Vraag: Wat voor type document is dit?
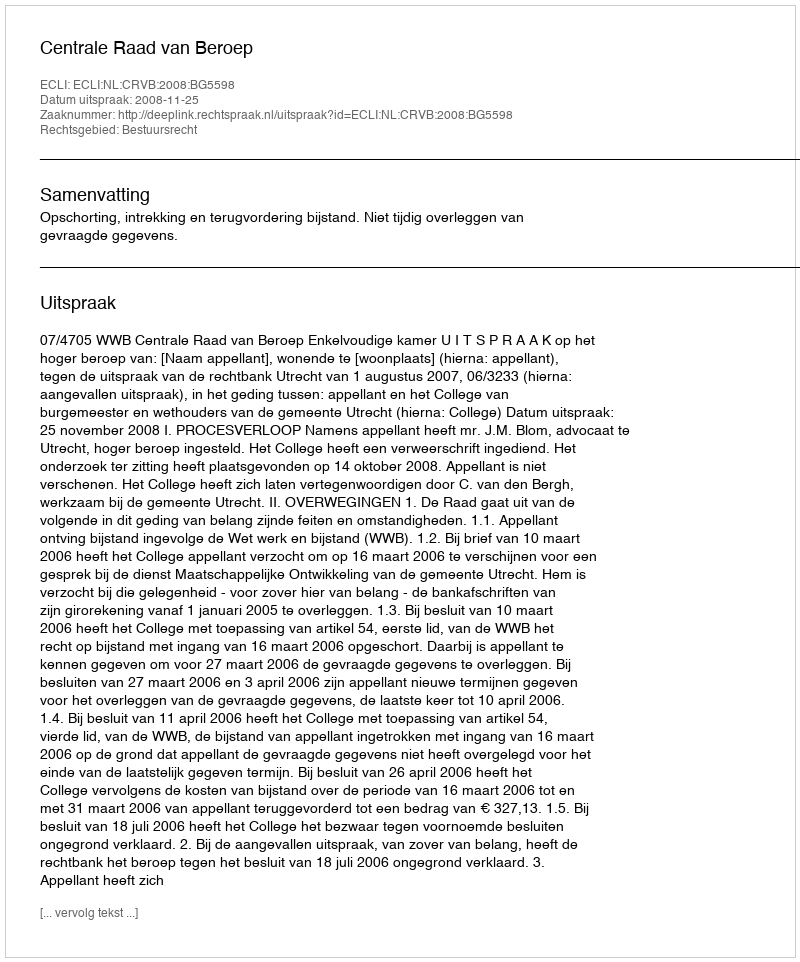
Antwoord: Uitspraak